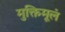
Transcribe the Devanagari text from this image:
मुक्तिमूलं